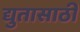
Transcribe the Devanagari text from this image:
द्युतासाठी